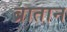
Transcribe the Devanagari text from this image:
ब्रातान